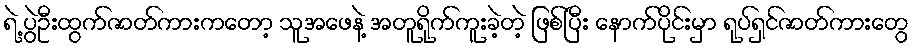
ရဲ့ ပွဲဦးထွက်ဇာတ်ကားကတော့ သူအဖေနဲ့ အတူရိုက်ကူးခဲ့တဲ့ ဖြစ်ပြီး နောက်ပိုင်းမှာ ရုပ်ရှင်ဇာတ်ကားတွေ